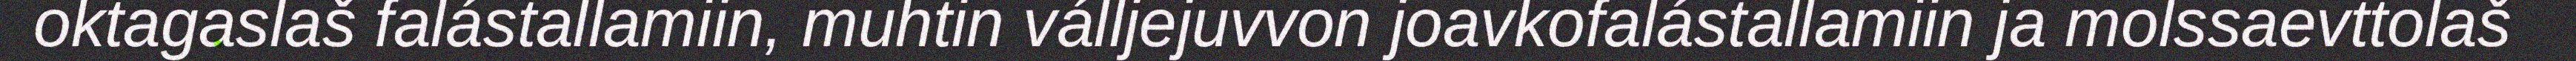
oktagaslaš falástallamiin, muhtin válljejuvvon joavkofalástallamiin ja molssaevttolaš